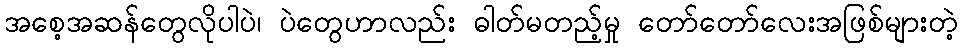
အစေ့အဆန်တွေလိုပါပဲ၊ ပဲတွေဟာလည်း ဓါတ်မတည့်မှု တော်တော်လေးအဖြစ်များတဲ့